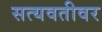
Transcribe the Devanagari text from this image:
सत्यवतीवर